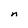
Character: n